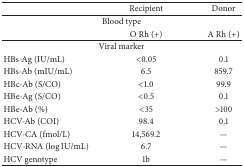
<table><thead><tr><td><b> </b></td><td><b>Recipient</b></td><td><b>Donor</b></td></tr></thead><tbody><tr><td colspan="3">Blood type</td></tr><tr><td> </td><td>O Rh (+)</td><td>A Rh (+)</td></tr><tr><td colspan="3">Viral marker</td></tr><tr><td>HBs-Ag (IU/mL)</td><td>&lt;0.05</td><td>0.1</td></tr><tr><td>HBs-Ab (mIU/mL)</td><td>6.5</td><td>859.7</td></tr><tr><td>HBc-Ab (S/CO)</td><td>&lt;1.0</td><td>99.9</td></tr><tr><td>HBe-Ag (S/CO)</td><td>&lt;0.5</td><td>0.1</td></tr><tr><td>HBe-Ab (%)</td><td>&lt;35</td><td>&gt;100</td></tr><tr><td>HCV-Ab (COI)</td><td>98.4</td><td>0.1</td></tr><tr><td>HCV-CA (fmol/L)</td><td>14,569.2</td><td>—</td></tr><tr><td>HCV-RNA (log⁡IU/mL)</td><td>6.7</td><td>—</td></tr><tr><td>HCV genotype</td><td>1b</td><td>—</td></tr></tbody></table>